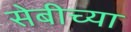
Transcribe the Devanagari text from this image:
सेबीच्या